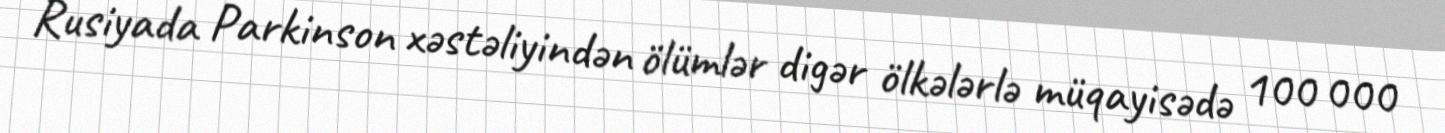
Rusiyada Parkinson xəstəliyindən ölümlər digər ölkələrlə müqayisədə 100 000